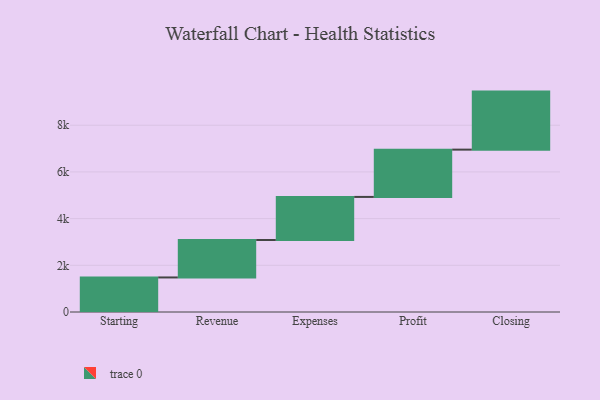
{"axis": {"x": "Step", "y": "Value"}, "legend": [""], "data": [{"x": "Starting", "y": 1480.0, "type": ""}, {"x": "Revenue", "y": 1604.0, "type": ""}, {"x": "Expenses", "y": 1846.0, "type": ""}, {"x": "Profit", "y": 2026.0, "type": ""}, {"x": "Closing", "y": 2486.0, "type": ""}]}